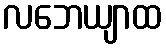
လဘေယျာထ